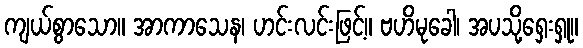
ကျယ်စွာသော။ အာကာသေန၊ ဟင်းလင်းဖြင့်။ ဗဟိမုခေါ၊ အပသို့ရှေးရှု။